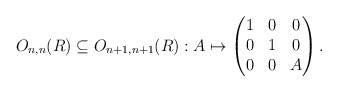
\begin{align*}O_{n,n}(R) \subseteq O_{n+1, n+1}(R) : A \mapsto \begin{pmatrix}1 & 0 & 0 \\0 & 1 & 0 \\0 & 0 & A\end{pmatrix}.\end{align*}